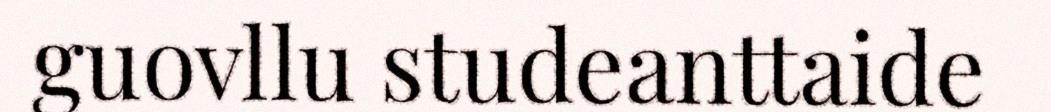
guovllu studeanttaide